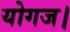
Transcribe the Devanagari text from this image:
योगज।